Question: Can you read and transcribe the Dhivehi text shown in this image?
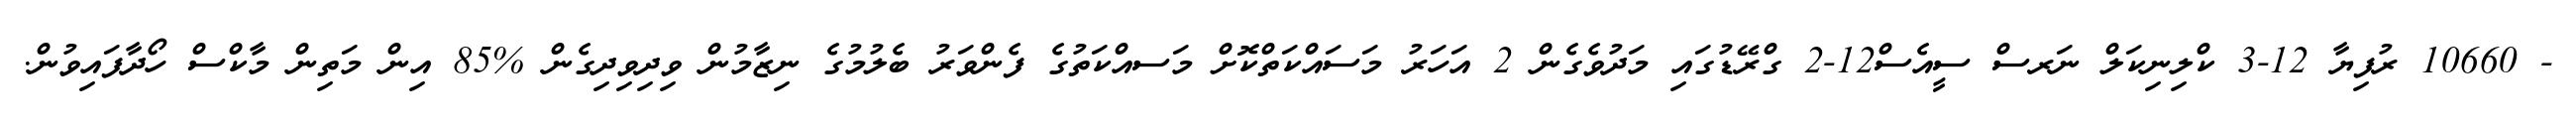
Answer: - 10660 ރުފިޔާ 12-3 ކްލިނިކަލް ނަރސް ސީއެސް12-2 ގްރޭޑުގައި މަދުވެގެން 2 އަހަރު މަސައްކަތްކޮށް މަސއްކަތުގެ ފެންވަރު ބެލުމުގެ ނިޒާމުން ވިދިވިދިގެން %85 އިން މަތިން މާކްސް ހޯދާފައިވުން.